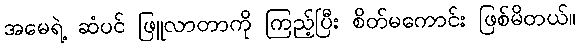
အမေရဲ့ ဆံပင် ဖြူလာတာကို ကြည့်ပြီး စိတ်မကောင်း ဖြစ်မိတယ်။